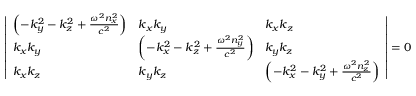
{ \left| \begin{array} { l l l } { \left( - k _ { y } ^ { 2 } - k _ { z } ^ { 2 } + { \frac { \omega ^ { 2 } n _ { x } ^ { 2 } } { c ^ { 2 } } } \right) } & { k _ { x } k _ { y } } & { k _ { x } k _ { z } } \\ { k _ { x } k _ { y } } & { \left( - k _ { x } ^ { 2 } - k _ { z } ^ { 2 } + { \frac { \omega ^ { 2 } n _ { y } ^ { 2 } } { c ^ { 2 } } } \right) } & { k _ { y } k _ { z } } \\ { k _ { x } k _ { z } } & { k _ { y } k _ { z } } & { \left( - k _ { x } ^ { 2 } - k _ { y } ^ { 2 } + { \frac { \omega ^ { 2 } n _ { z } ^ { 2 } } { c ^ { 2 } } } \right) } \end{array} \right| } = 0